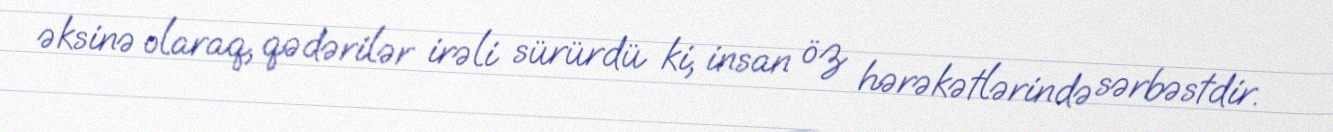
əksinə olaraq, qədərilər irəli sürürdü ki, insan öz hərəkətlərində sərbəstdir.